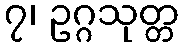
၇၊ ဥဂ္ဂသုတ္တ